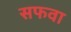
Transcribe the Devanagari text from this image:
सफवा